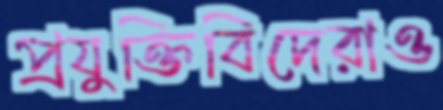
প্রযুক্তিবিদেরাও